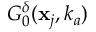
G _ { 0 } ^ { \delta } ( \mathbf { x } _ { j } , k _ { a } )